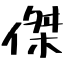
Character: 傑